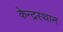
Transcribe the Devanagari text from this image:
केन्द्रस्थान